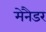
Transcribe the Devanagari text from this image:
मेनैडर